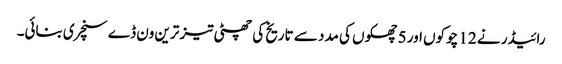
رائیڈر نے 12 چوکوں اور 5 چھکوں کی مدد سے تاریخ کی چھٹی تیز ترین ون ڈے سنچری بنائی۔